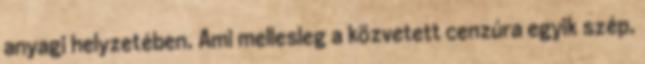
anyagi helyzetében. Ami mellesleg a közvetett cenzúra egyik szép,